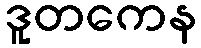
ဒူတကေန